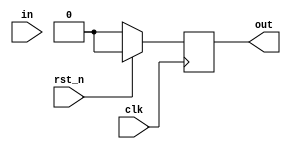
module moore_101101 ( 
    clk     , //clock
    rst_n   , //syn active low reset
    in      , //input
    out     , //output
);

//----------------------------------------- INPUT PORTS ------------------------------------------------------------//

input clk, rst_n, in;

//----------------------------------------- OUTPUT PORTS -----------------------------------------------------------//

output out;

//----------------------------------------- INPUT DATA TYPES -------------------------------------------------------//

//wire in;

//----------------------------------------- OUTPUT DATA TYPES ------------------------------------------------------//

reg out;

//----------------------------------------- INTERNAL CONSTANTS -----------------------------------------------------//

parameter size = 3;

parameter   s0 = 3'd0 ,
            s1 = 3'd1 ,
            s2 = 3'd2 ,
            s3 = 3'd3 ,
            s4 = 3'd4 ,
            s5 = 3'd5 ,
            s6 = 3'd6 ;

//----------------------------------------- INTERNAL VARIABLES -----------------------------------------------------//

reg     [size-1:0]     state;  // sequential part of the FSM
reg     [size-1:0]     next_state; //Combinational part of the FSM

//----------------------------------------- COMBINATIONAL LOGIC ----------------------------------------------------//

always @(*)
    begin
        next_state = 3'd0;
            case(state)
                s0:     begin
                            if(in == 1'd1)
                                begin
                                    next_state = s1;
                                end
                            else
                                begin
                                    next_state = s0;
                                end
                        end

                s1:     begin
                            if(in == 1'd0)
                                begin
                                    next_state = s2;
                                end
                            else
                                begin
                                    next_state = s1;
                                end
                        end

                s2:     begin
                            if(in == 1'd1)
                                begin
                                    next_state = s3;
                                end
                            else
                                begin
                                    next_state = s0;
                                end
                        end

                s3:     begin
                            if(in == 1'd1)
                                begin
                                    next_state = s4;
                                end
                            else
                                begin
                                    next_state = s2;
                                end
                        end

                s4:     begin
                            if(in == 1'd0)
                                begin
                                    next_state = s5;
                                end
                            else
                                begin
                                    next_state = s1;
                                end
                        end

                s5:     begin
                            if(in == 1'd1)
                                begin
						nxt_out = 1'd1;
                                    next_state = s6;
                                end
                            else
                                begin
                                    next_state = s0;
                                end
                        end

                s6:     begin
                            if(in == 1'd1)
                                begin
                                    next_state = s1;
                                end
                            else
                                begin
                                    next_state = s2;
                                end
                        end                        
            endcase
    end

//----------------------------------------- SEQUENTIAL LOGIC -------------------------------------------------------//

    always @( posedge clk )
        begin
            if(rst_n)
                begin
                    state <= s0;
			  out <= 1'd0;

                end
            else
                begin
                    state <= next_state;
                    out <= next_out;
                end
        end

/*//----------------------------------------- OUTPUT LOGIC -----------------------------------------------------------//

    always @(posedge clk)
        begin
            if(rst_n)
                begin
                    out <= 1'd0;
                end
            else
                begin
                    case(state)
                        s0:     begin
                                    out <= 1'd0;
                                end

                        s1:     begin
                                    out <= 1'd0;
                                end

                        s2:     begin
                                    out <= 1'd0;
                                end

                        s3:     begin
                                    out <= 1'd0;
                                end

                        s4:     begin
                                    out <= 1'd0;
                                end

                        s5:     begin
                                    out <= 1'd0;
                                end

                        s6:     begin
                                    out <= 1'd1;
                                end                        
                endcase
        end */

endmodule